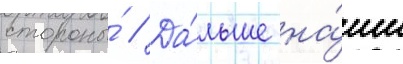
стороны́ // Да́льше на́ши